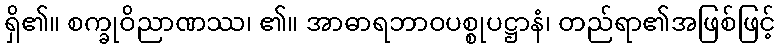
ရှိ၏။ စက္ခုဝိညာဏဿ၊ ၏။ အာဓာရဘာဝပစ္စုပဋ္ဌာနံ၊ တည်ရာ၏အဖြစ်ဖြင့်